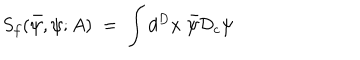
S _ { f } ( { \bar { \psi } } , \psi ; A ) \; = \; \int d ^ { D } x \; { \bar { \psi } } { \mathcal D } _ { c } \psi